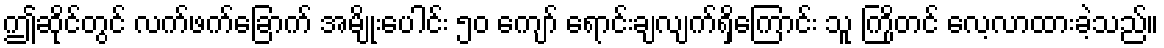
ဤဆိုင်တွင် လက်ဖက်ခြောက် အမျိုးပေါင်း ၅၀ ကျော် ရောင်းချလျက်ရှိကြောင်း သူ ကြိုတင် လေ့လာထားခဲ့သည်။